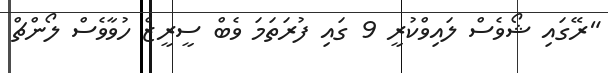
"ރޭގައި ޝޯވެސް ލައިވްކުރީ 9 ގައި ފުރަތަމަ ވެބް ސީރީޒް ހުވާވެސް ލޯންޗް